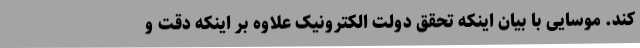
کند. موسایی با بیان اینکه تحقق دولت الکترونیک علاوه بر اینکه دقت و